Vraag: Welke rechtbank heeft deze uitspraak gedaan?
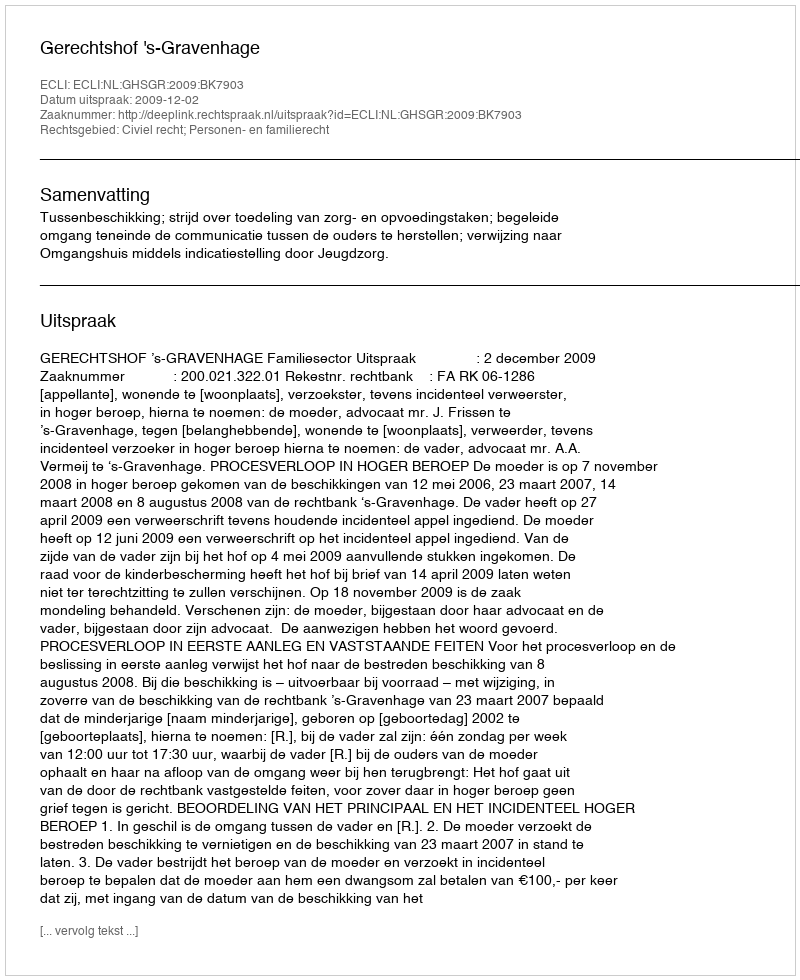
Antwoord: Gerechtshof 's-Gravenhage